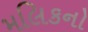
મલિકનો